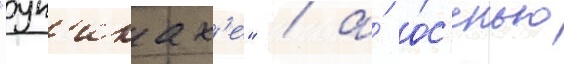
"ун'иках'е" / а́ о́с'енью